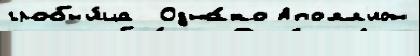
гробн'и́ца  Одна́ко Аполл'ион